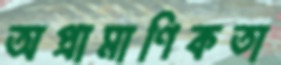
অপ্রামাণিকতা